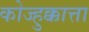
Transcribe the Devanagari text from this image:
कोज्हुक्कात्ता